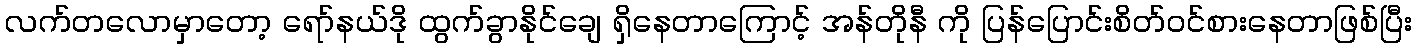
လက်တလောမှာတော့ ရော်နယ်ဒို ထွက်ခွာနိုင်ချေ ရှိနေတာကြောင့် အန်တိုနီ ကို ပြန်ပြောင်းစိတ်ဝင်စားနေတာဖြစ်ပြီး